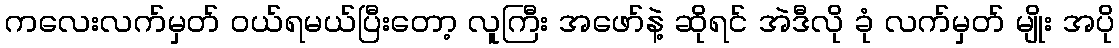
ကလေးလက်မှတ် ဝယ်ရမယ်ပြီးတော့ လူကြီး အဖော်နဲ့ ဆိုရင် အဲဒီလို ခုံ လက်မှတ် မျိုး အပို